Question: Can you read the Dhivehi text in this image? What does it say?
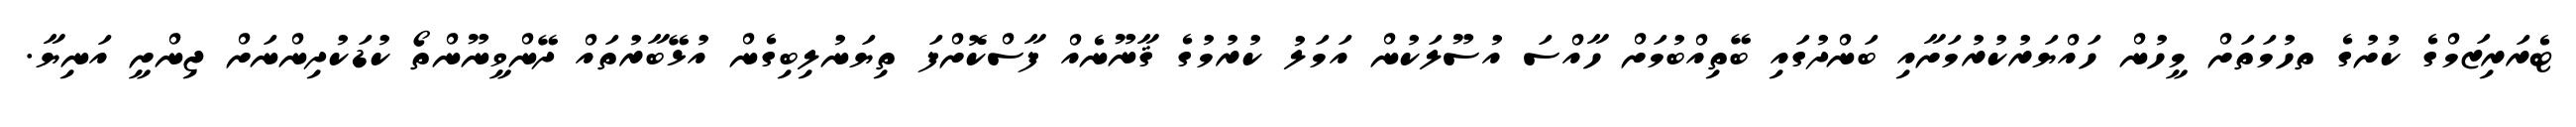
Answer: ޓެރަރިޒަމްގެ ކުށުގެ ތހުމަތަށް މީހުން ހައްޔަރުކުރުމަށާއި ބަންދުގައި ބޭތިއްބުމަށް ހާއްސަ އުސޫލަކުން އަމަލު ކުރުމުގެ ޤާނޫނެއް ފާސްކޮށްފަ ތިޔަނުލިބިގެން އުޅޭބާރުތައް ދޭންވީނޫންތޯ ކުޑަކުދިންނަށް ޖިންށީ އަނިޔާ.